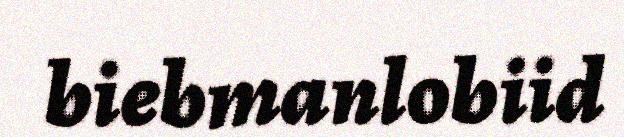
biebmanlobiid